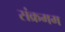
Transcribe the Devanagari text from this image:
संक्रमम